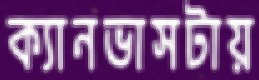
ক্যানভাসটায়